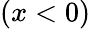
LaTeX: (x<0)